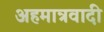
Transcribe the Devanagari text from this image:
अहमात्रवादी